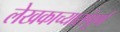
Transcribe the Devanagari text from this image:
लेखकाच्यासंपूर्ण